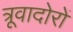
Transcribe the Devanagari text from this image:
त्रूवादोरों